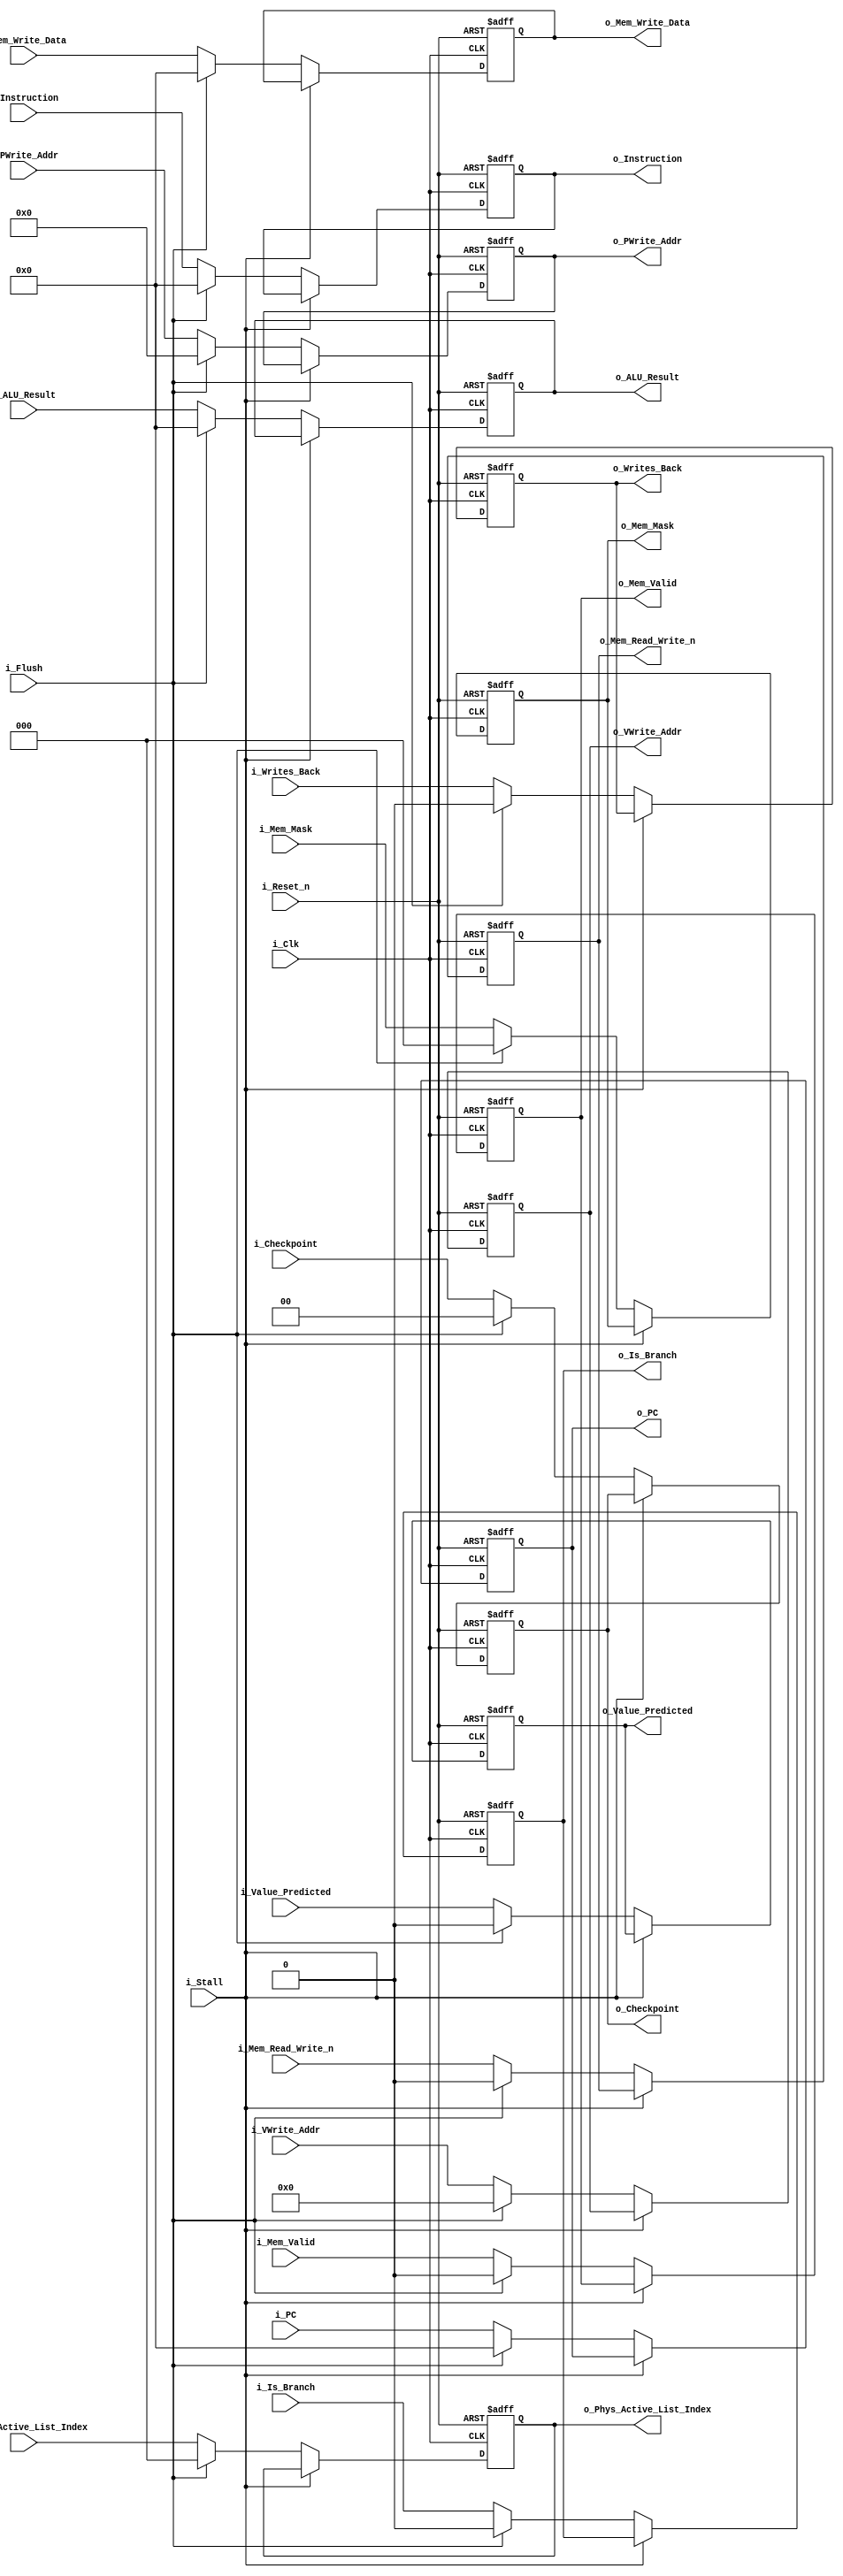
module pipe_ex_mem	#(					
						parameter ADDRESS_WIDTH = 32,
						parameter DATA_WIDTH = 32,
						parameter REG_ADDR_WIDTH = 5,
						parameter ALU_CTLCODE_WIDTH = 8,
						parameter MEM_MASK_WIDTH = 3,
						parameter FREE_LIST_WIDTH = 3,
						parameter CHECKPOINT_WIDTH = 2
					)							
					(	
						// Inputs
						input i_Clk,
						input i_Reset_n,	// Async reset (highest priority)
						input i_Flush,			// Flush (2nd highest priority)
						input i_Stall,		// Stall (lowest priority)
						
						// Pipe in/out
						input [ADDRESS_WIDTH-1:0] i_PC,
						output reg [ADDRESS_WIDTH-1:0] o_PC,
						input i_Value_Predicted,		//if we value predicted
						output reg o_Value_Predicted,
						input	[DATA_WIDTH-1:0] i_Instruction,
						output reg [DATA_WIDTH-1:0] o_Instruction,
						input [DATA_WIDTH-1:0] i_ALU_Result,
						output reg [DATA_WIDTH-1:0] o_ALU_Result,
						input i_Mem_Valid,
						output reg o_Mem_Valid,
						input [MEM_MASK_WIDTH-1:0] i_Mem_Mask,
						output reg [MEM_MASK_WIDTH-1:0] o_Mem_Mask,
						input i_Mem_Read_Write_n,
						output reg o_Mem_Read_Write_n,
						input [DATA_WIDTH-1:0] i_Mem_Write_Data,
						output reg [DATA_WIDTH-1:0] o_Mem_Write_Data,
						input i_Writes_Back,
						output reg o_Writes_Back,
						input [REG_ADDR_WIDTH-1:0] i_VWrite_Addr,
						output reg [REG_ADDR_WIDTH-1:0] o_VWrite_Addr,
						input [REG_ADDR_WIDTH:0] i_PWrite_Addr,
						output reg [REG_ADDR_WIDTH:0] o_PWrite_Addr,
						input [FREE_LIST_WIDTH-1:0] i_Phys_Active_List_Index,
						output reg [FREE_LIST_WIDTH-1:0] o_Phys_Active_List_Index,
						input [CHECKPOINT_WIDTH-1:0] i_Checkpoint,
						output reg [CHECKPOINT_WIDTH-1:0] o_Checkpoint,
						input i_Is_Branch,
						output reg o_Is_Branch
					);
		
		// Asynchronous output driver
	always @(posedge i_Clk or negedge i_Reset_n)
	begin
		if( !i_Reset_n )
		begin
			// Initialize outputs to 0s
			o_PC <= 0;
			o_Value_Predicted <= 0;
			o_Instruction <= 0;
			o_ALU_Result <= 0;
			o_Mem_Valid <= 0;
			o_Mem_Read_Write_n <= 0;
			o_Mem_Write_Data <= 0;
			o_Writes_Back <= 0;
			o_PWrite_Addr <= 0;
			o_VWrite_Addr <= 0;
			o_Mem_Mask <= 0;
			o_Phys_Active_List_Index <= 0;
			o_Checkpoint <= 0;
			o_Is_Branch <= 0;
		end
		else
		begin
			if( !i_Stall )
			begin
				if( i_Flush )
				begin
					// Pass through all 0s
					o_PC <= 0;
					o_Value_Predicted <= 0;
					o_Instruction <= 0;
					o_ALU_Result <= 0;
					o_Mem_Valid <= 0;
					o_Mem_Read_Write_n <= 0;
					o_Mem_Write_Data <= 0;
					o_Writes_Back <= 0;
					o_PWrite_Addr <= 0;
					o_VWrite_Addr <= 0;
					o_Mem_Mask <= 0;
					o_Phys_Active_List_Index <= 0;
					o_Checkpoint <= 0;
					o_Is_Branch <= 0;
				end
				else
				begin
					// Pass through signals
					o_PC <= i_PC;
					o_Value_Predicted <= i_Value_Predicted;
					o_Instruction <= i_Instruction;
					o_ALU_Result <= i_ALU_Result;
					o_Mem_Valid <= i_Mem_Valid;
					o_Mem_Mask <= i_Mem_Mask;
					o_Mem_Read_Write_n <= i_Mem_Read_Write_n;
					o_Mem_Write_Data <= i_Mem_Write_Data;
					o_Writes_Back <= i_Writes_Back;
					o_VWrite_Addr <= i_VWrite_Addr;
					o_PWrite_Addr <= i_PWrite_Addr;
					o_Phys_Active_List_Index <= i_Phys_Active_List_Index;
					o_Checkpoint <= i_Checkpoint;
					o_Is_Branch <= i_Is_Branch;
				end
			end
		end
	end
	
endmodule